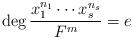
LaTeX: \begin{align*}\deg\frac{x_1^{n_1}\cdots x_s^{n_s}}{F^m}=e\end{align*}